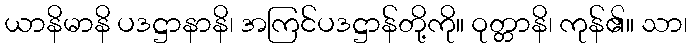
ယာနိမာနိ ပဒဋ္ဌာနာနိ၊ အကြင်ပဒဋ္ဌာန်တို့ကို။ ဝုတ္တာနိ၊ ကုန်၏။ သာ၊